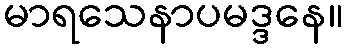
မာရသေနာပမဒ္ဒနေ။